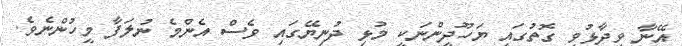
އޭނާ ވިދާޅުވި ގޮތުގައި ޔަހޫދީންނަކީ މުޅި ދުނިޔޭގައި ވެސް އެންމެ ނުލަފާ މީހުންނެވެ.